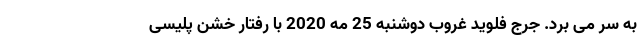
به سر می برد. جرج فلوید غروب دوشنبه 25 مه 2020 با رفتار خشن پلیسی